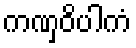
ကဏှဝိပါကံ